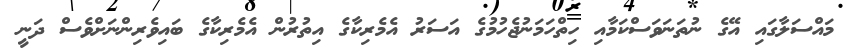
މައްސަލާގައި އޭގެ ނުތަނަވަސްކަމާއި ހިތްހަމަނުޖެހުމުގެ އަސަރު އެމެރިކާގެ އިތުރުން އެމެރިކާގެ ބައިވެރިންނަށްވެސް ދަނީ